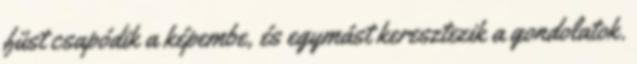
füst csapódik a képembe, és egymást keresztezik a gondolatok.